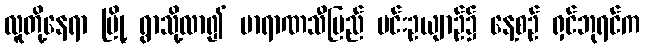
လူတို့နေရာ မြို့ ရွာသို့လာ၍ ဗာရာဏသီပြည် မင်းဥယျာဉ်၌ နေ့စဉ် ရှင်ဘုရင်က